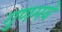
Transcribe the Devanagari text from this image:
गुणमये